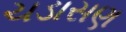
ચડાસણ